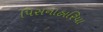
પિસનાહારિયા